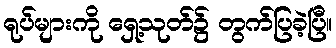
ရုပ်များကို ရှေ့သုတ်၌ တွက်ပြခဲ့ပြီ။